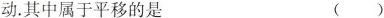
动.其中属于平移的是 ()